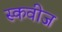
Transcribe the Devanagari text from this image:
स्कवीज